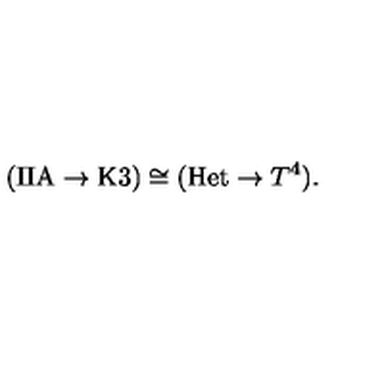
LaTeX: ( \mathrm { I I A } \to \mathrm { K 3 } ) \cong ( \mathrm { H e t } \to T ^ { 4 } ) .